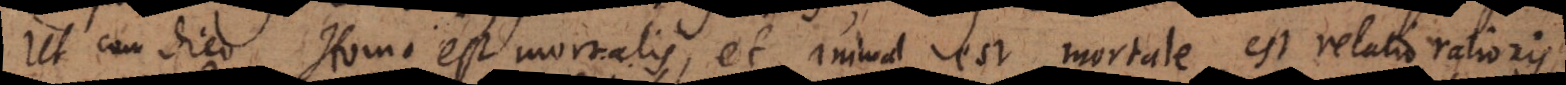
Ut cum dico Homo est mortalis, et animal est mortale, est relatio rationis